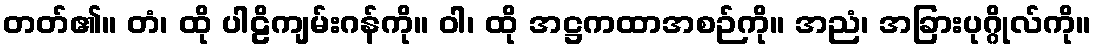
တတ်၏။ တံ၊ ထို ပါဠိကျမ်းဂန်ကို။ ဝါ၊ ထို အဋ္ဌကထာအစဉ်ကို။ အညံ၊ အခြားပုဂ္ဂိုလ်ကို။